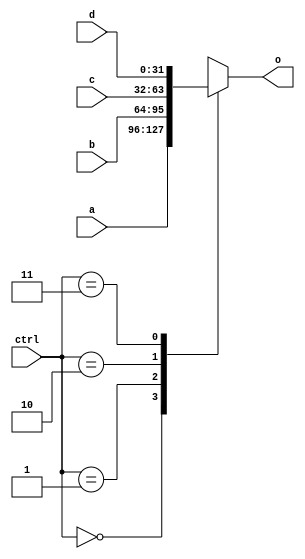
// mux4_1_32.v

module MUX4_1_32(
	input [31:0] a,
	input [31:0] b,
	input [31:0] c,
	input [31:0] d,
	input [1:0] ctrl,
	output [31:0] o
	);

	reg [31:0] zr;
	always @(*) begin
		case (ctrl)
			2'b00: zr <= a;
			2'b01: zr <= b;
			2'b10: zr <= c;
			2'b11: zr <= d;
			default: zr <= 32'bz;
		endcase
	end
	assign o = zr;
	
endmodule